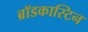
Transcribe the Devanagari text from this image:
ब्रॉडकास्टिन